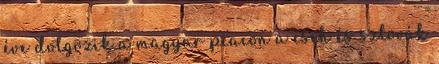
éve dolgozik a magyar piacon a cseh és szlovák